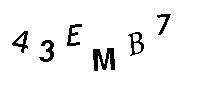
43EMB7